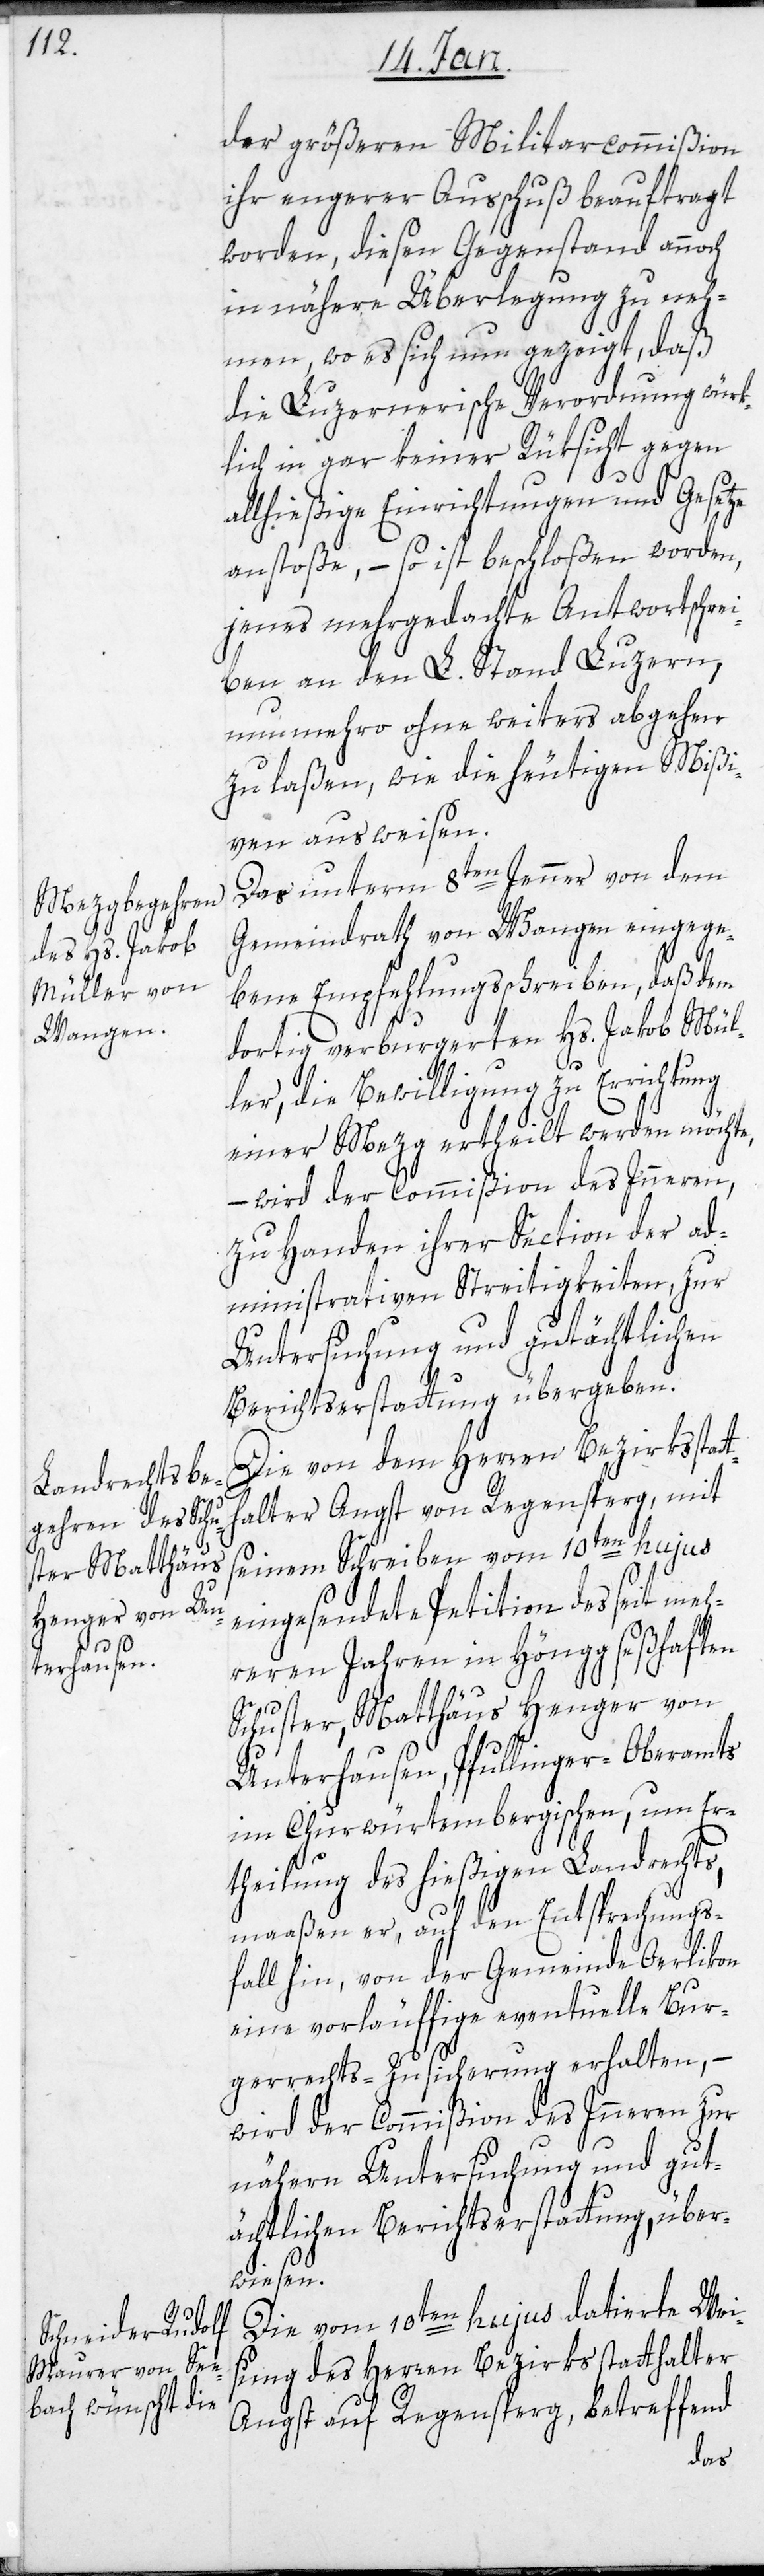
th¬

der größeren Militarcommißion
ihr engerer Ausschuß beauftragt
worden, diesen Gegenstand annoch
in nähere Überlegung zu neh¬
men, wo es sich nun gezeigt, daß
die Luzernerische Verordnung würk¬
lich in gar keiner Rüksicht gegen
allhießige Einrichtungen und Gesetze
anstoße, – so ist beschloßen worden,
jenes mehrgedachte Antwortschrei¬
ben an den L. Stand Luzern,
nunmehro ohne weiters abgehen
zu laßen, wie die heutigen Mißi¬
ven ausweisen.
Das unterm 8ten Jenner von dem
Gemeindrath von Wangen eingege¬
bene Empfehlungsschreiben, daß dem
dortig verburgerten Hs. Jakob Mül¬
ler, die Bewilligung zu Errichtung
einer Mezg ertheilt werden möchte,
– wird der Commißion des Inneren,
zu Handen ihrer Section der ad¬
ministrativen Streitigkeiten, zur
Untersuchung und gutächtlichen
Berichtserstattung übergeben.
Die von dem Herren Bezirksstat¬
alter Angst von Regensperg, mit
seinem Schreiben vom 10ten hujus
eingesendete Petition des seit meh¬
reren Jahren in Höngg seßhaften
Schuster, Matthäus Henger von
Unterhausen, Pfullinger-Oberamts
im Churwürtembergischen, um Er¬
theilung des hießigen Landrechts,
maaßen er, auf den Entsprechungs¬
fall hin, von der Gemeinde Oerlikon
eine vorläuffige eventuelle Bur¬
gerrechts-Zusicherung erhalten, –
wird der Commißion des Inneren zur
nähern Untersuchung und gut¬
ächtlichen Berichtserstattung über¬
wiesen.
Die vom 10ten hujus datierte Wei¬
sung des Herren Bezirksstatthalter
Angst auf Regensperg, betreffend